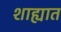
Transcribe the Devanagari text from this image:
शाह्यात